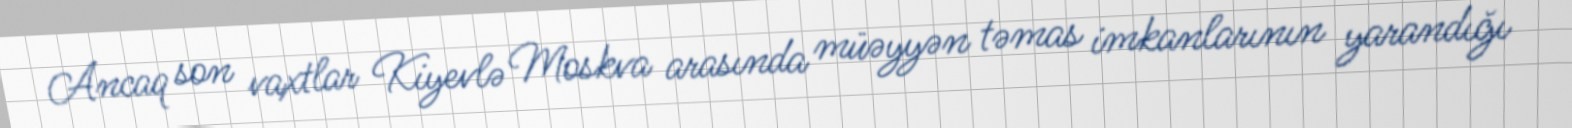
Ancaq son vaxtlar Kiyevlə Moskva arasında müəyyən təmas imkanlarının yarandığı